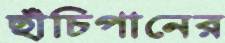
ছাঁচিপানের